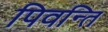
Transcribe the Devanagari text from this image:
पिवन्ति